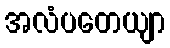
အလံပတေယျာ